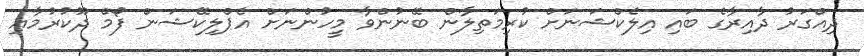
ދިއްގަރު ދާއިރާގެ ބައި އިލެކްޝަނަށް ކުރިމަތިލާން ބޭނުންވާ މީހުންނަށް އެޕްލިކޭޝަން ފޯމް ދޫކުރުމާއި